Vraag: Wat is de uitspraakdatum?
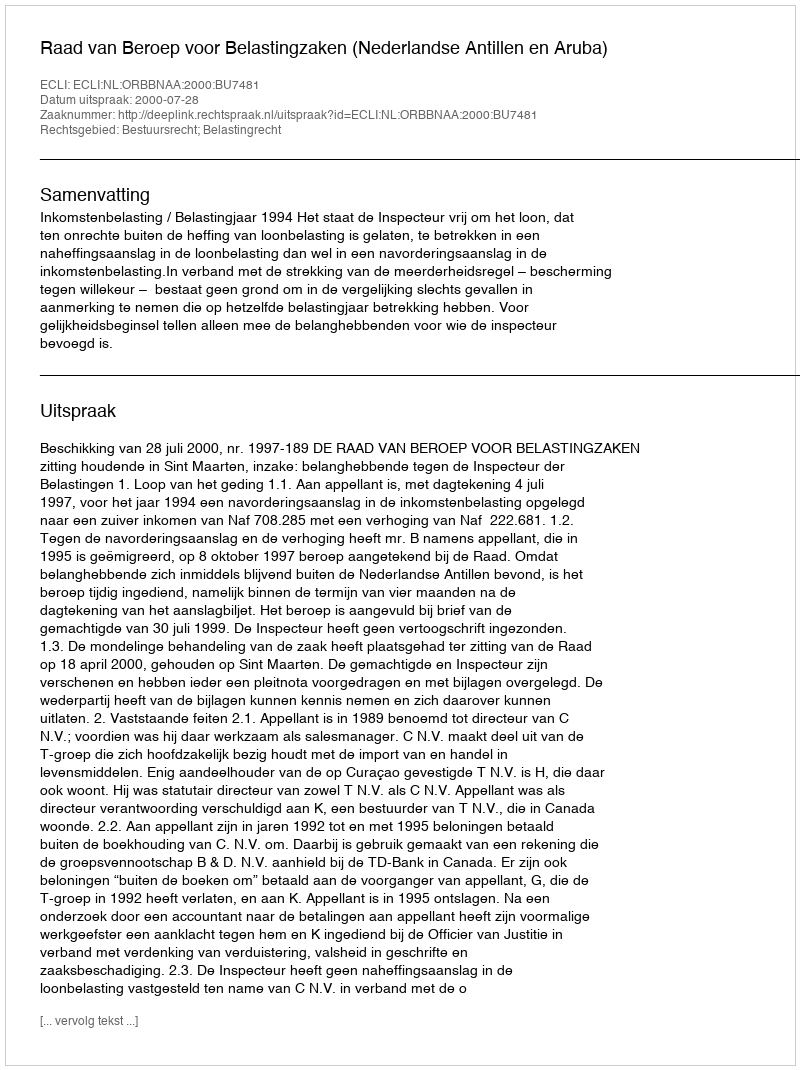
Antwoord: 2000-07-28